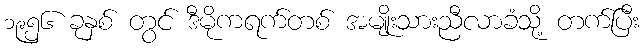
၁၉၅၆ ခုနှစ် တွင် ဒီမိုကရက်တစ် အမျိုးသားညီလာခံသို့ တက်ပြီး